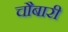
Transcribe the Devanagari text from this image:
चौबारी